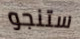
ستنجو